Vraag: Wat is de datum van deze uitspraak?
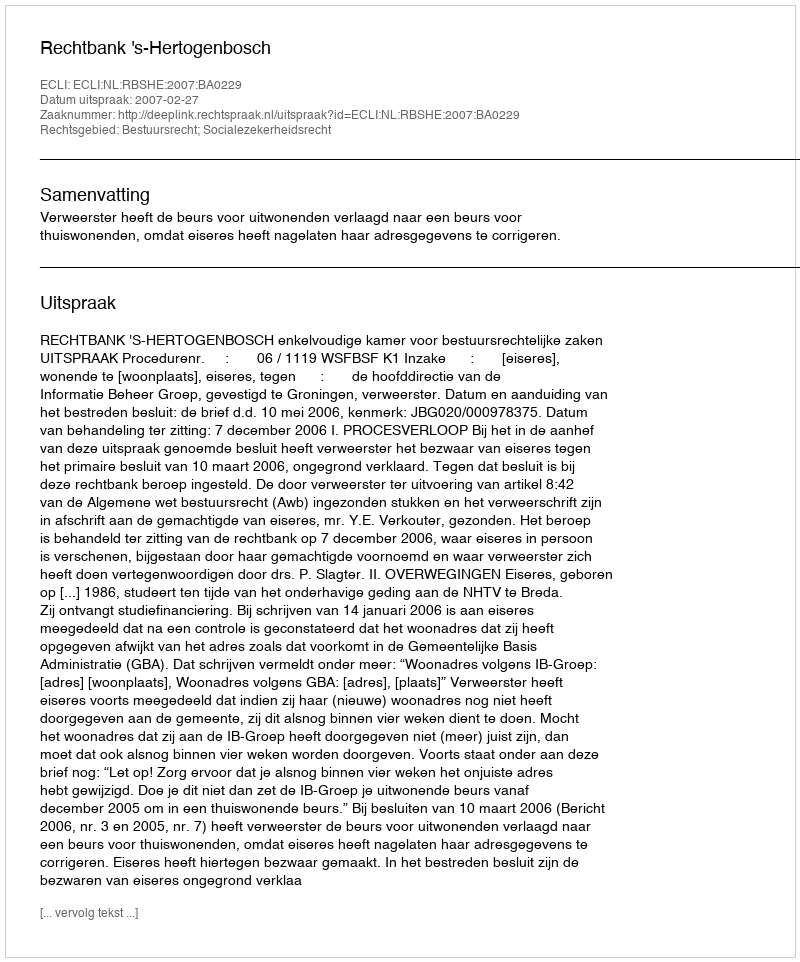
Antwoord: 2007-02-27